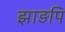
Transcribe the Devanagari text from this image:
झाड़पि